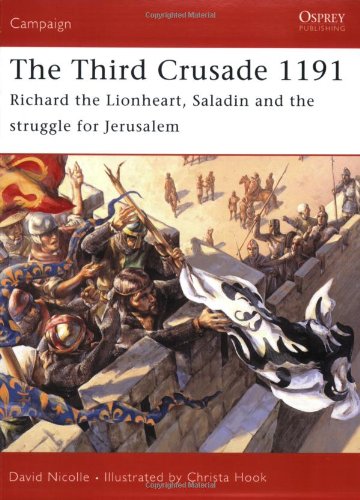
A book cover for The Third Crusade 1191: Richard the Lionheart, Saladin and the battle for Jerusalem (Campaign); David Nicolle; History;